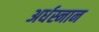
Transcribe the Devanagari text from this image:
अर्धस्नान